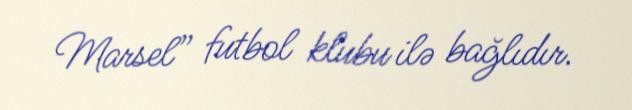
Marsel” futbol klubu ilə bağlıdır.